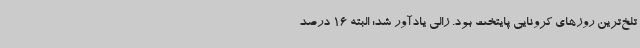
تلخ‌ترین روزهای کرونایی پایتخت بود. زالی یادآور شد: البته 16 درصد